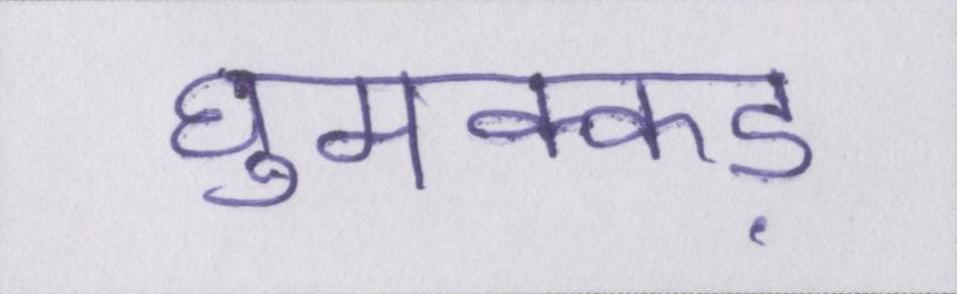
घुमक्कड़